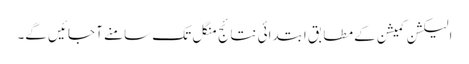
الیکشن کمیشن کے مطابق ابتدائی نتائج منگل تک سامنے آ جائیں گے۔